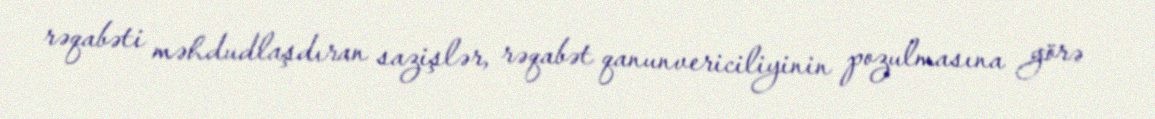
rəqabəti məhdudlaşdıran sazişlər, rəqabət qanunvericiliyinin pozulmasına görə